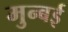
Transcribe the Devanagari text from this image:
मुन्बई